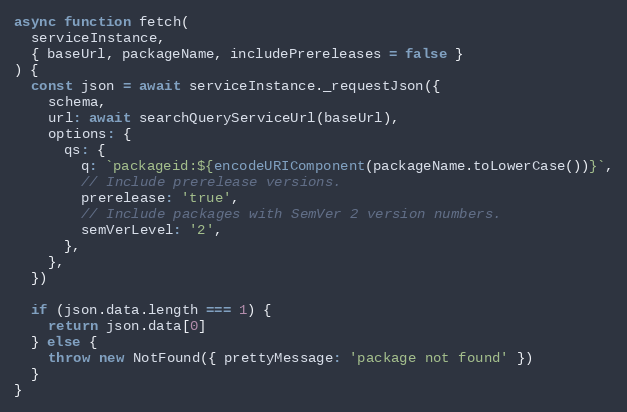
Language: JavaScript
async function fetch(
  serviceInstance,
  { baseUrl, packageName, includePrereleases = false }
) {
  const json = await serviceInstance._requestJson({
    schema,
    url: await searchQueryServiceUrl(baseUrl),
    options: {
      qs: {
        q: `packageid:${encodeURIComponent(packageName.toLowerCase())}`,
        // Include prerelease versions.
        prerelease: 'true',
        // Include packages with SemVer 2 version numbers.
        semVerLevel: '2',
      },
    },
  })

  if (json.data.length === 1) {
    return json.data[0]
  } else {
    throw new NotFound({ prettyMessage: 'package not found' })
  }
}